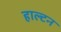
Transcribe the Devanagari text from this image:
हाल्टन